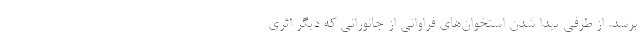
برسد. از طرفی پیدا شدن استخوان‌های فراوانی از جانورانی که دیگر اثری